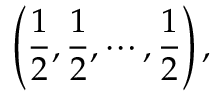
\left( \frac 1 2 , \frac 1 2 , \cdots , \frac 1 2 \right) ,